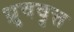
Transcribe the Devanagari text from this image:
ध्रुववृत्त